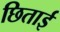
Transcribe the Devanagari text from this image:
छिताई